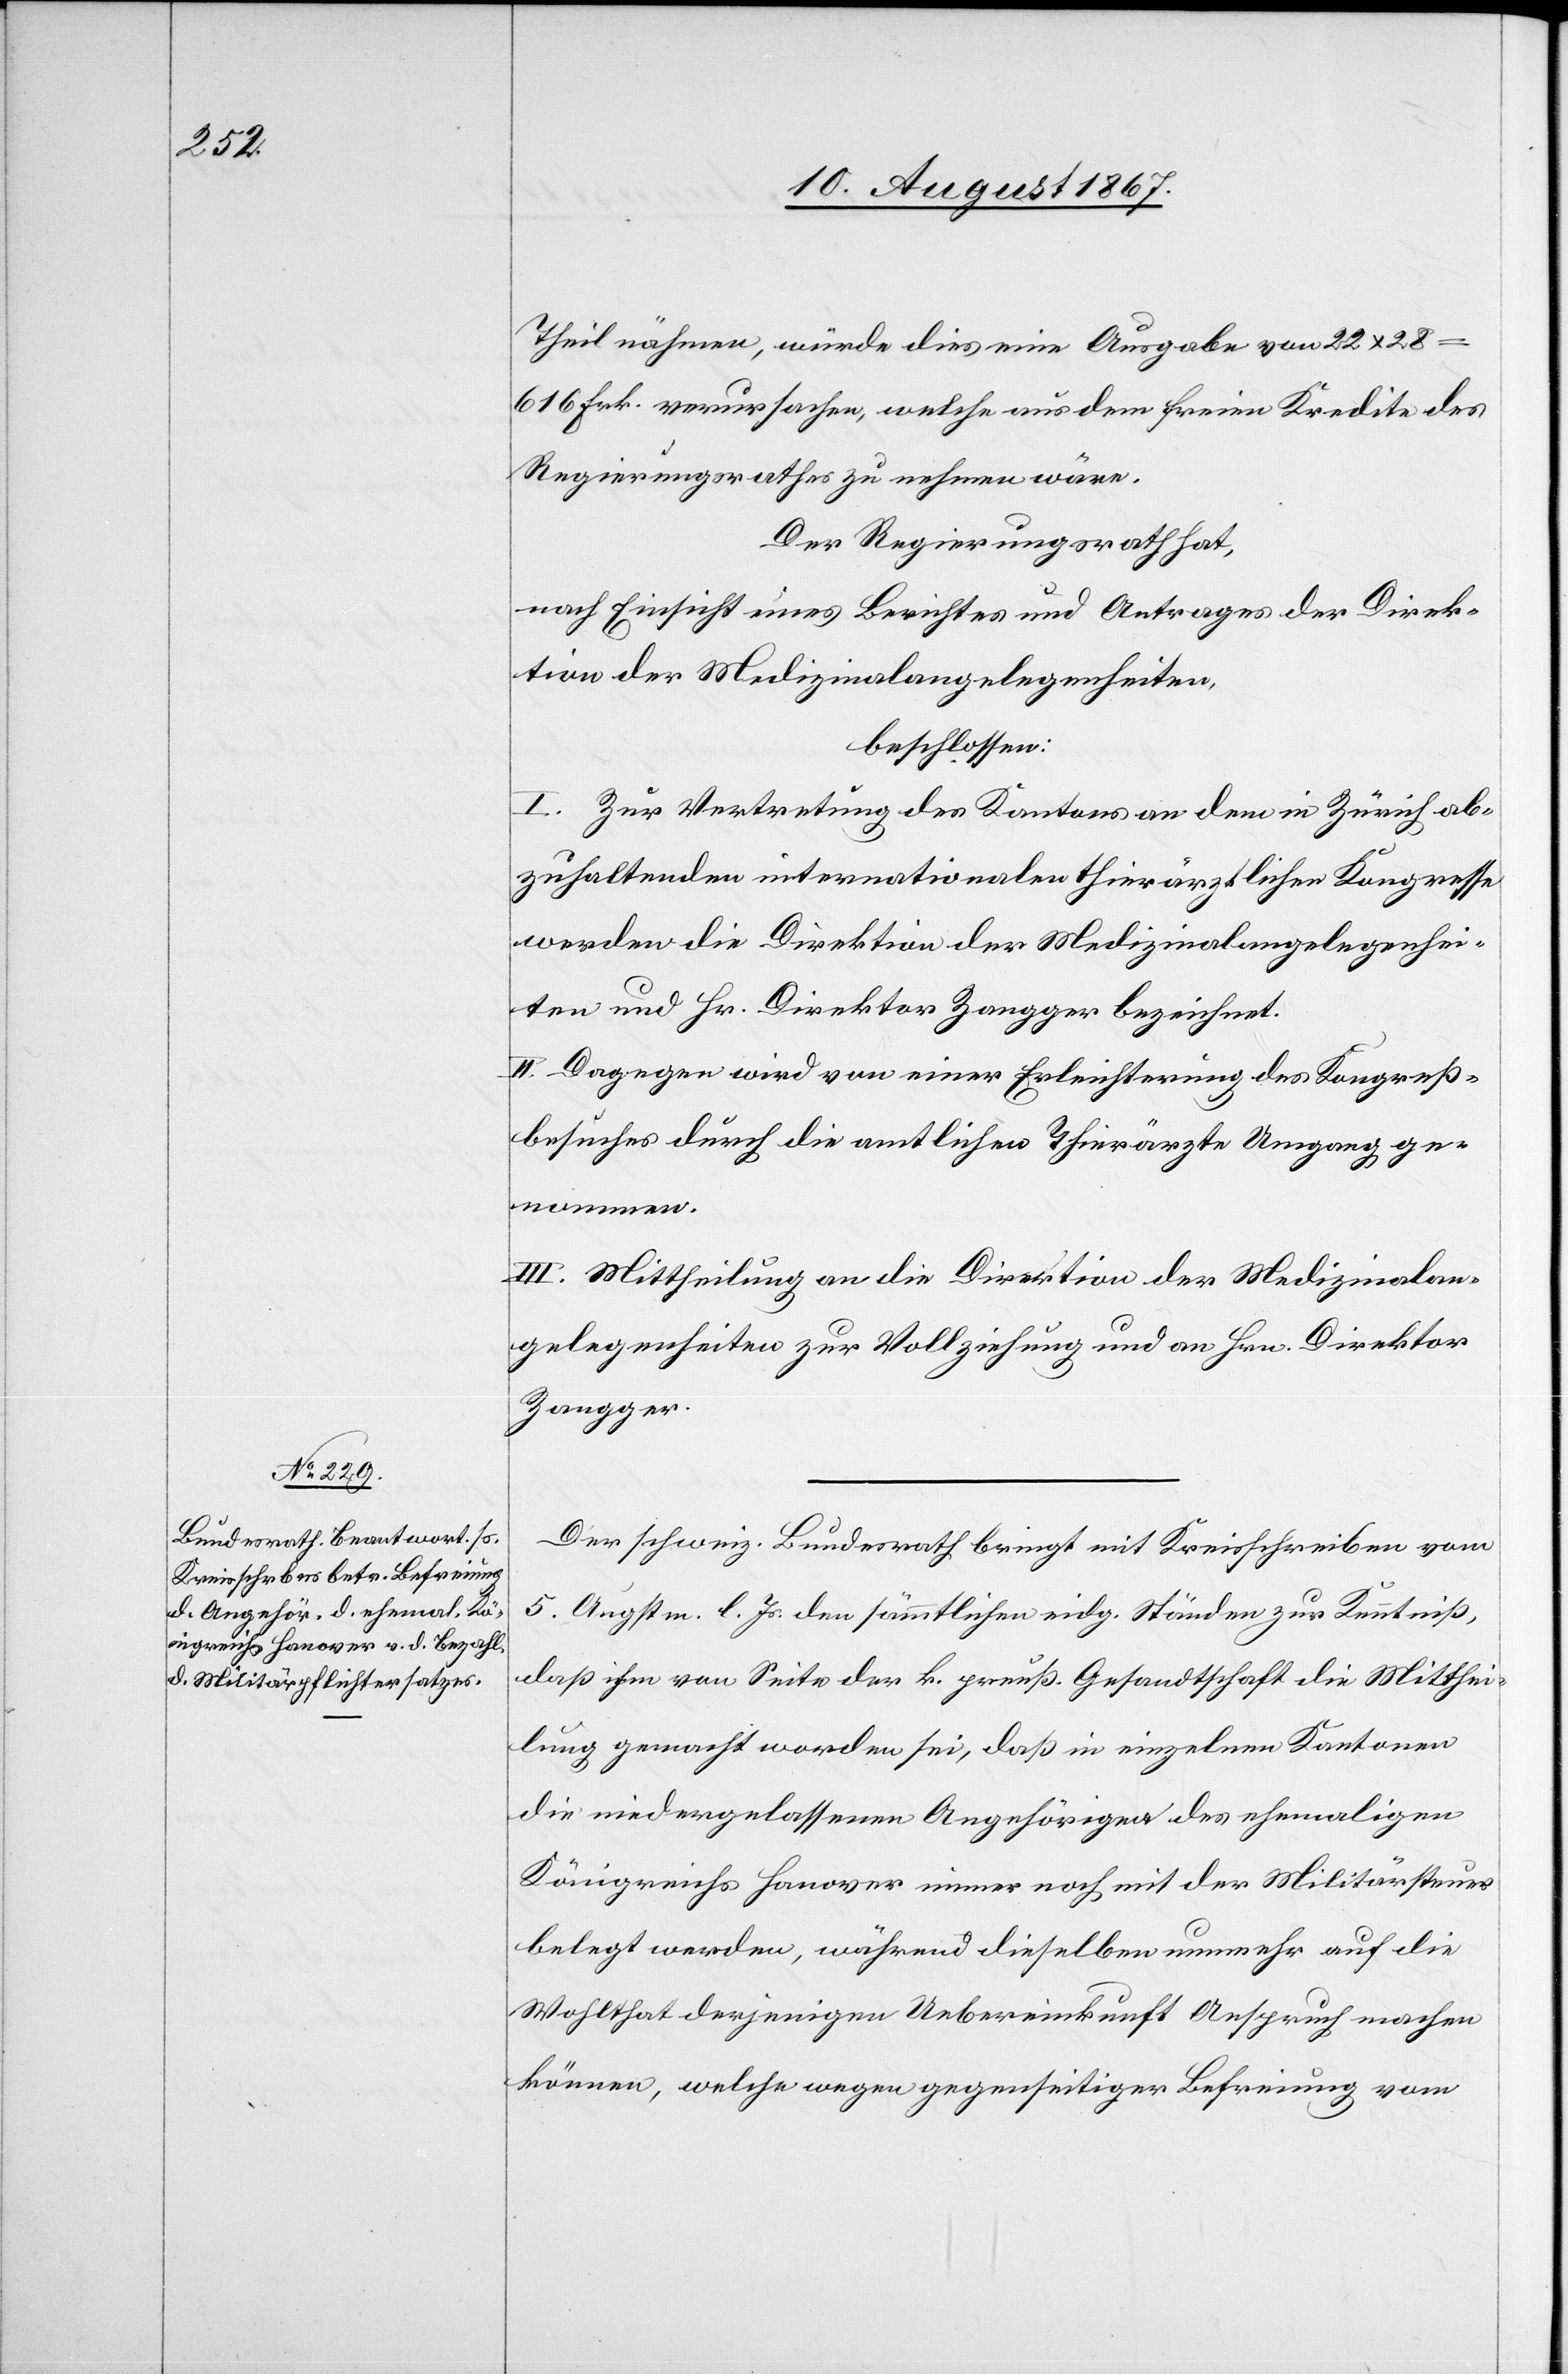
Theil nähmen, würde dies eine Ausgabe von 22 x 28
616 Frk. verursachen, welche aus dem freien Kredite des
Regierungsrathes zu nehmen wäre.
Der Regierungsrath hat,
nach Einsicht eines Berichtes und Antrages der Direk¬
tion der Medizinalangelegenheiten,
beschlossen:
I. Zur Vertretung des Kantons an dem in Zürich ab¬
zuhaltenden internationalen thierärztlichen Kongresse
werden die Direktion der Medizinalangelegenhei¬
ten und Hr. Direktor Zangger bezeichnet.
II. Dagegen wird von einer Erleichterung des Kongreß¬
besuches durch die amtlichen Thierärzte Umgang ge¬
nommen.
III. Mittheilung an die Direktion der Medizinalan¬
gelegenheiten zur Vollziehung und an Hrn. Direktor
Zangger.
Der schweiz. Bundesrath bringt mit Kreisschreiben vom
5. Augstm. l. Js. den sämmtlichen eidg. Ständen zur Kenntniß,
daß ihm von Seite der k. preuß. Gesandtschaft die Mitthei¬
lung gemacht worden sei, daß in einzelnen Kantonen
die niedergelassenen Angehörigen des ehemaligen
Königreichs Hanover immer noch mit der Militärsteuer
belegt werden, während dieselben nunmehr auf die
Wohlthat derjenigen Uebereinkunft Anspruch machen
können, welche wegen gegenseitiger Befreiung vom